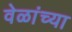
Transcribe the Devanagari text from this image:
वेळांच्या